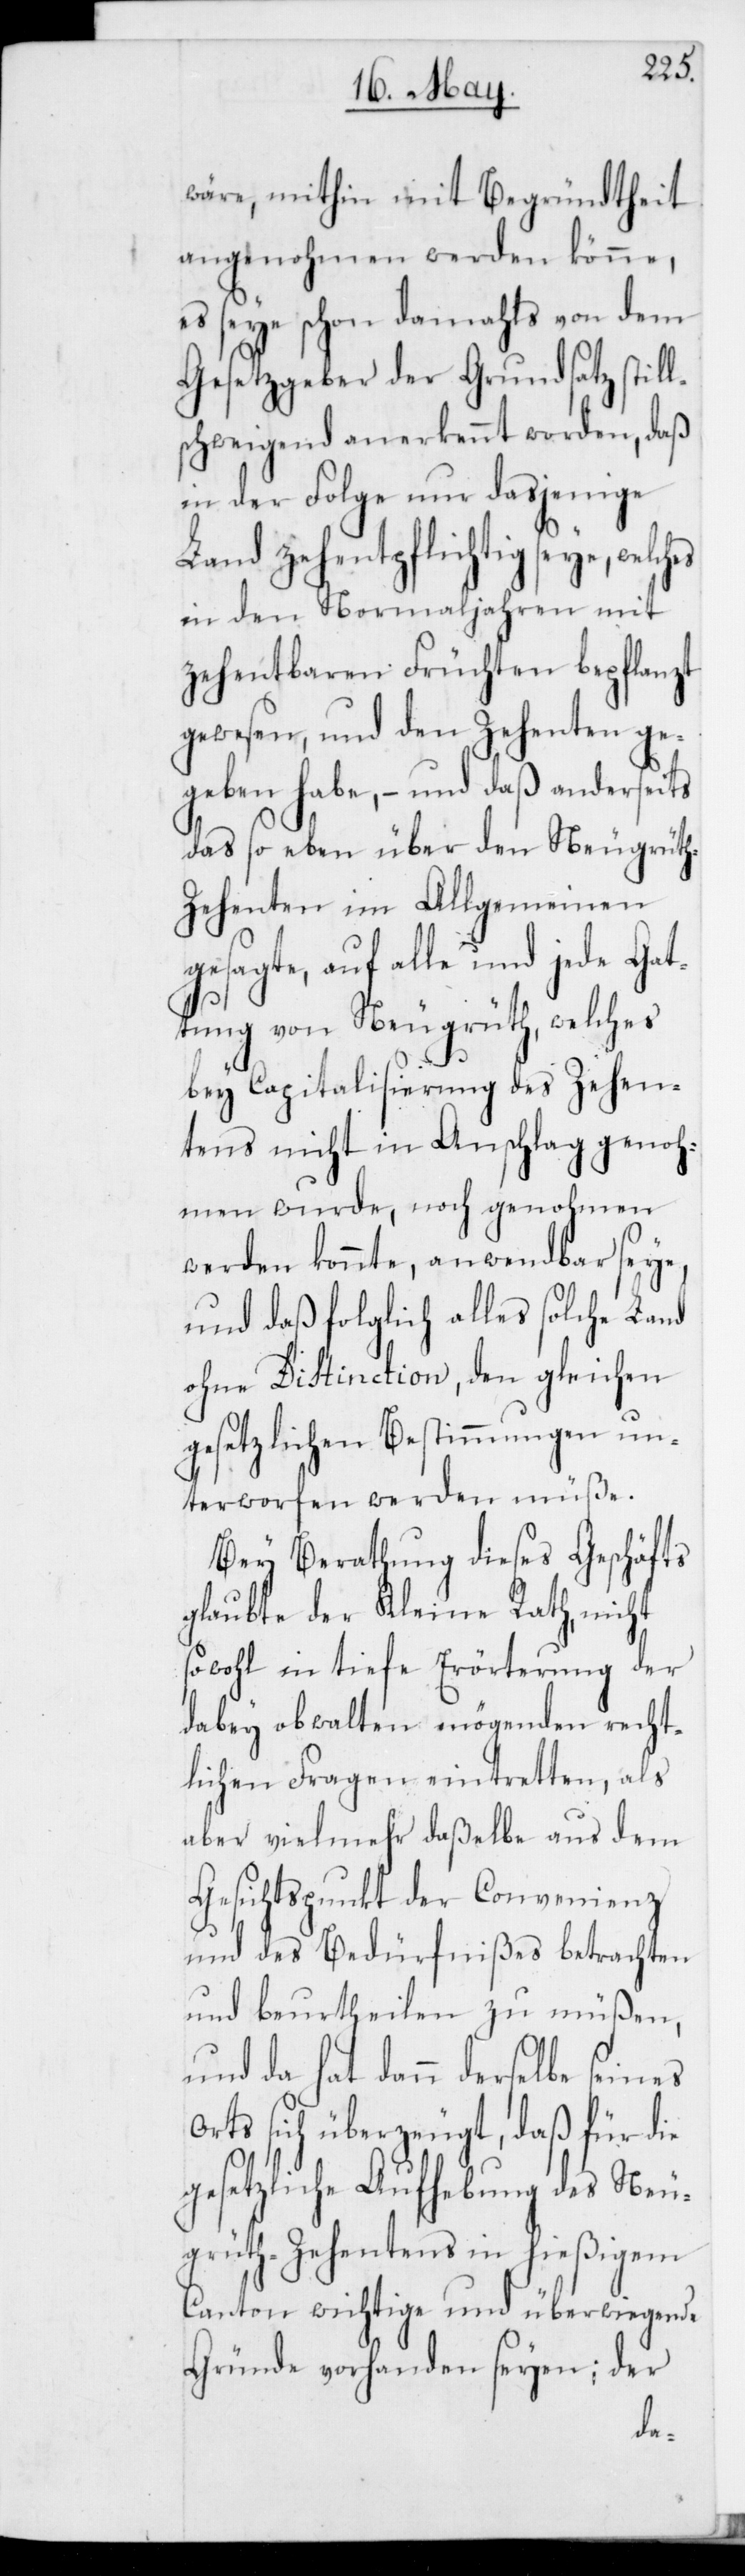
wäre, mithin mit Begründtheit
angenohmen werden könne,
es seye schon damahls von dem
Gesetzgeber der Grundsatz stil¬
chweigend anerkennt worden, daß
in der Folge nur daßjenige
Land zehentpflichtig seye,
in den Normaljahren mit
zehentbaren Früchten bepflanzt
gewesen und den Zehenten ge¬
geben habe, – und daß anderseits
das soeben über den Neugrüt¬
retten,
ehenten im Allg¬
gesagte, auf alle und jede Gat¬
tung von Neugrüth, welches
bey Capitalisierung des Zehen¬
genoh¬
tens nicht in An¬
men wurde, noch ge¬
werden konnte, anw¬
Land
und daß folglich all¬
ohne Distinction, den gleich¬
n¬
gesetzlichen Bestimm¬
terworfen werden
ls¬
Bei Berathung dieses
glaubte der Kleine
sowohl in tiefe Erört¬
dabey obwalten mögend¬
echt¬
als
lichen Fragen eint¬
aber vielmehr daßelbe aus dem
Gesichtspunkt der Convenienz
und des Bedürfnißes betrachten
und beurtheilen zu müßen,
und da hat dann derselbe seines
Orts sich überzeugt, daß für die
gesetzliche Aufhebung des Neu¬
grüth-Zehentens in hießigem
Canton wichtige und überwiegende
Gründe vorhanden seyen; der
der